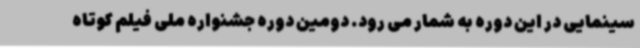
سینمایی در این دوره به شمار می رود. دومین دوره جشنواره ملی فیلم کوتاه